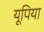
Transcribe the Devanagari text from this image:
यूपिया